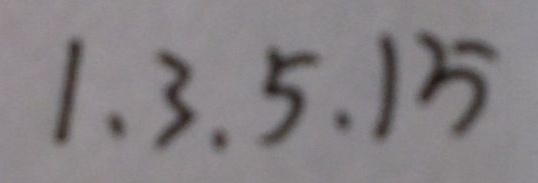
1 . 3 . 5 . 1 5